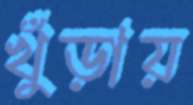
খুঁড়ায়